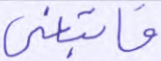
فاتبعني